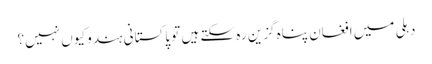
دہلی میں افغان پناہ گزین رہ سکتے ہیں تو پاکستانی ہندو کیوں نہیں؟